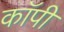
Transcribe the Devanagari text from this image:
काॅपी